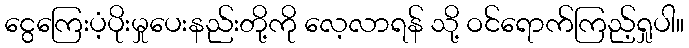
ငွေကြေးပံ့ပိုးမှုပေးနည်းတို့ကို လေ့လာရန် သို့ ဝင်ရောက်ကြည့်ရှုပါ။